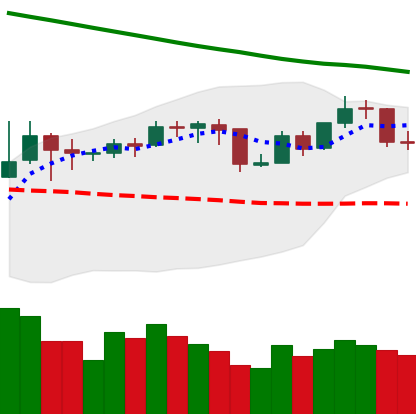
Ticker: BNB-USD
Chart end date: 2019-11-16
Forward return: -16.972%
Label: down_7plus